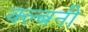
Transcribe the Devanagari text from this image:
क्ल्बनी